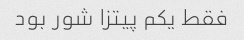
فقط یکم‌ پیتزا شور بود